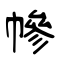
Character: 幓